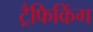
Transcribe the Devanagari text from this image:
ट्रैफिकिंग